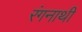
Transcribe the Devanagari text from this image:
रंगनाथी